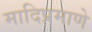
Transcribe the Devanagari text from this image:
मादिप्रमाणे